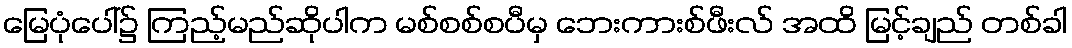
မြေပုံပေါ်၌ ကြည့်မည်ဆိုပါက မစ်စစ်စပီမှ ဘေးကားစ်ဖီးလ် အထိ မြင့်ချည် တစ်ခါ